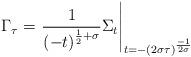
LaTeX: \begin{align*}\Gamma_{\tau}=\left.\frac{1}{\left(-t\right)^{\frac{1}{2}+\sigma}}\Sigma_{t}\right|_{t=-\left(2\sigma\tau\right)^{\frac{-1}{2\sigma}}}\end{align*}